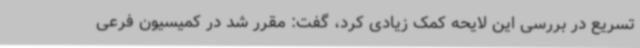
تسریع در بررسی این لایحه کمک زیادی کرد، گفت: مقرر شد در کمیسیون فرعی